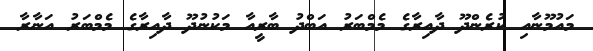
މައުމޫނާއި ކުރެންދޫ ދާއިރާގެ މެމްބަރު އަބްދު ބާރީއާ މަކުނުދޫ ދާއިރާގެ މެމްބަރު އަނާރާ